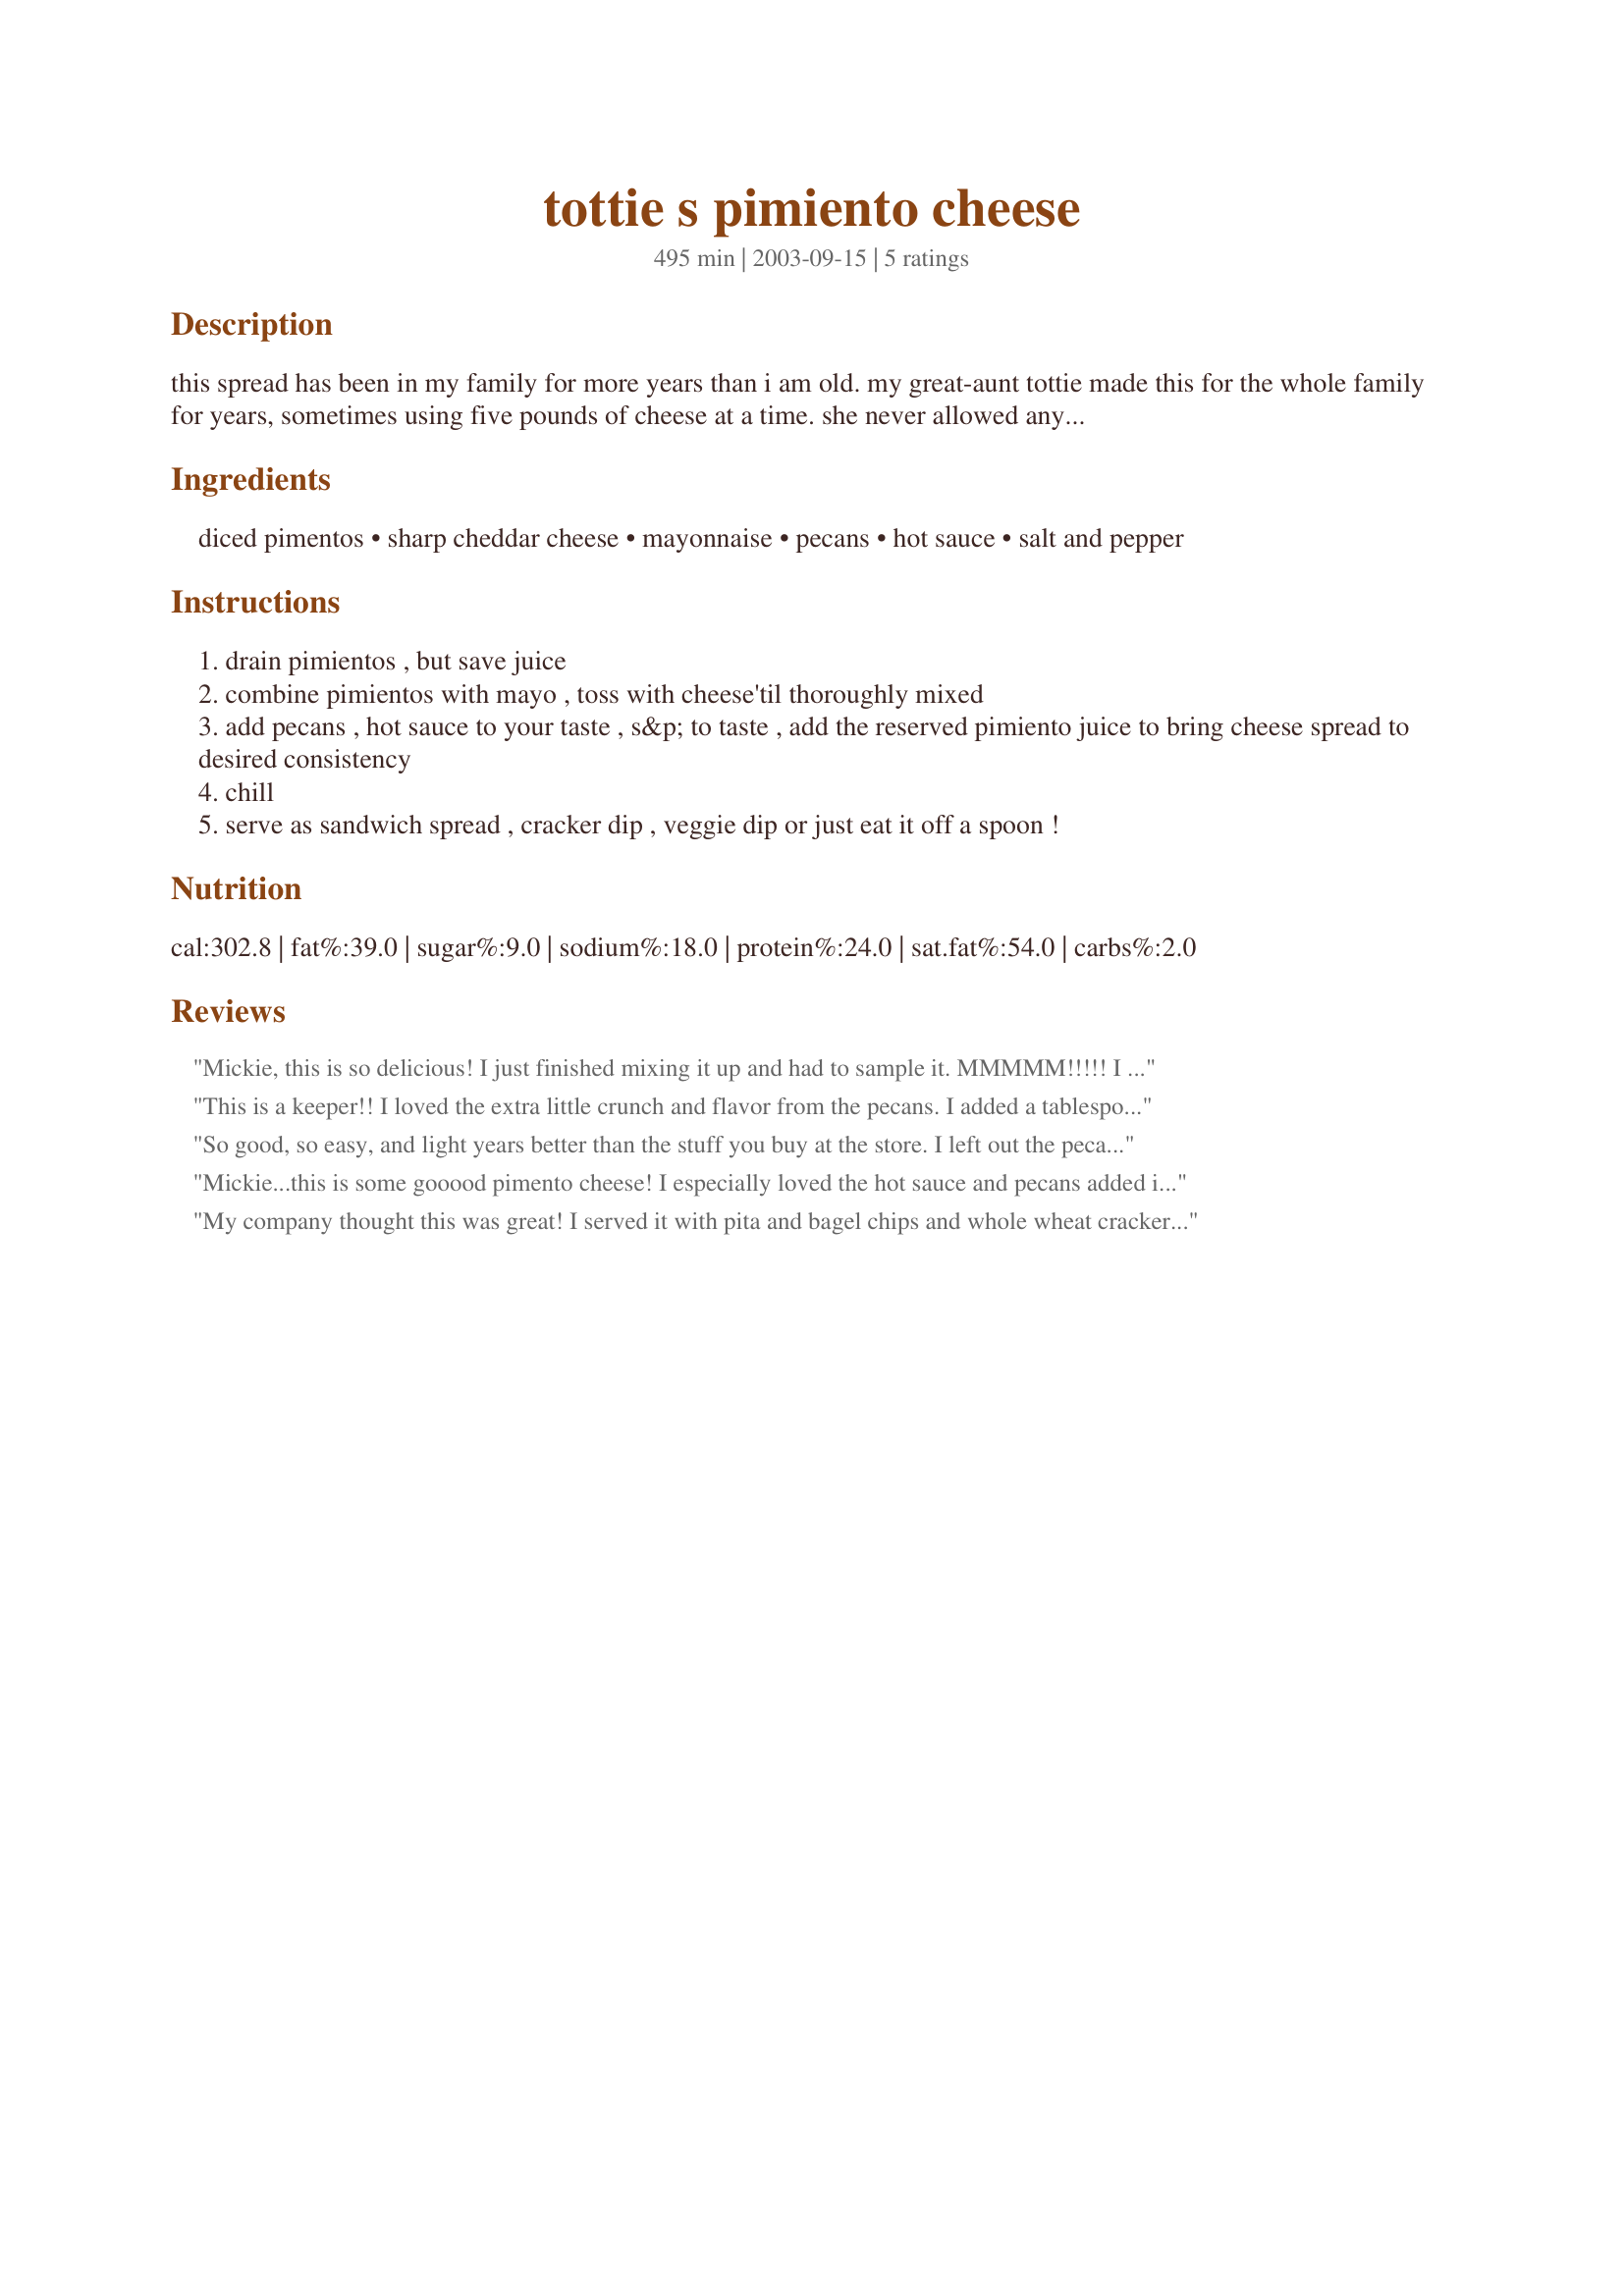
tottie s pimiento cheese
Preparation time: 495 minutes

this spread has been in my family for more years than i am old. my great-aunt tottie made this for the whole family for years, sometimes using five pounds of cheese at a time. she never allowed anyone else in the family to do it. after her death, over 30 years ago, we found the recipe in a drawer in her kitchen much to the delight of everyone. cook time is chilling time for peak flavor.

Ingredients:
diced pimentos, sharp cheddar cheese, mayonnaise, pecans, hot sauce, salt and pepper

Steps:
drain pimientos , but save juice
combine pimientos with mayo , toss with cheese'til thoroughly mixed
add pecans , hot sauce to your taste , s&p to taste , add the reserved pimiento juice to bring cheese spread to desired consistency
chill
serve as sandwich spread , cracker dip , veggie dip or just eat it off a spoon !

Reviews:
Mickie, this is so delicious! I just finished mixing it up and had to sample it. MMMMM!!!!! I don't have Frank's hot sauce so I had to use the brand I have. I seriously doubt that made much difference though. I made it for finger sandwiches to take to work tomorrow. Now if I can just keep my hands out of it till then. Thanks for sharing this recipe.

This is a keeper!! I loved the extra little crunch and flavor from the pecans. I added a tablespoon of sour cream and left out the pimento juice.
So good, so easy, and light years better than the stuff you buy at the store. I left out the pecans because that isn't the way they make it here and I wanted to please the southerner in the crowd. Yummy with Tostito Scoops and a bit of salsa. Thanks!
Mickie...this is some gooood pimento cheese! I especially loved the hot sauce and pecans added in. I ate with plain old saltines for a satisfying lunch. I am going to thin this down some, add some minced jalapeno, and dip with chips! Thanks for a real keeper!
My company thought this was great! I served it with pita and bagel chips and whole wheat crackers. Oh what a feast we had when everyone dug in! Potzi
